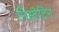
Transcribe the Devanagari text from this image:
निस्टेटिन